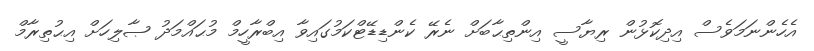
އެހެންނަމަވެސް އިދިކޮޅުން ރިޔާސީ އިންތިޙާބަށް ނެރޭ ކެންޑިޑޭޓްކަމުގައިވާ އިބްރާހީމް މުޙައްމަދު ޞާލިހަށް އިޙުތިރާމް